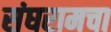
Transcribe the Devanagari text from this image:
संघरामचा